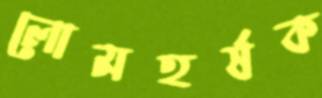
লোমহর্ষক